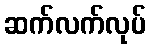
ဆက်လက်လုပ်